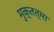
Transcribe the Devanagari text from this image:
मुक्तत्मा